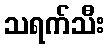
သရက်သီး